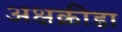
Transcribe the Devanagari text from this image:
अक्षक्रीडा